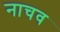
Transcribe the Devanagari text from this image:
नाचव